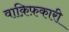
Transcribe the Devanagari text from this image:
वाक़िफ़कारी